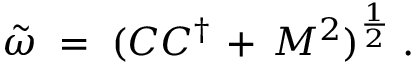
{ \tilde { \omega } } \; = \; ( C C ^ { \dagger } \, + \, M ^ { 2 } ) ^ { \frac { 1 } { 2 } } \; .